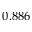
0 . 8 8 6